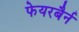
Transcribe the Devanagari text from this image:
फेयरबैर्न